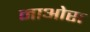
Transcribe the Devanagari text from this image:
नाओस